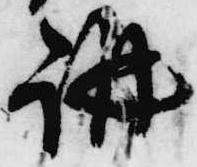
講